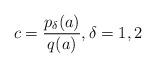
LaTeX: \begin{align*}c=\frac{p_\delta(a)}{q(a)},\delta=1,2\end{align*}